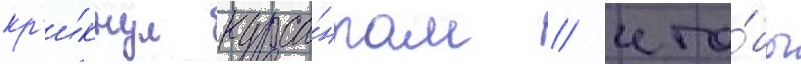
кр'и́кнул курса́нтам / что́бы